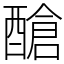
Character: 䤌